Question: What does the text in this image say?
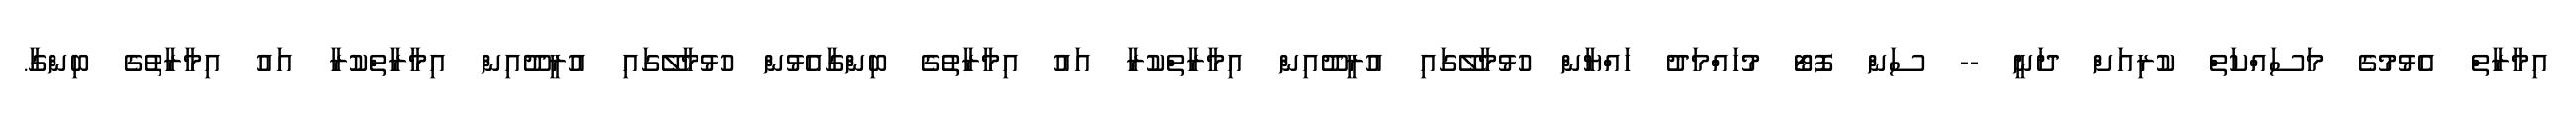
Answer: އިމާރާތް އެޅުމުގެ މަސައްކަތް ކުރިއަށް ދަނީ -- ސަން ފޮޓޯ މުހައްމަދު ހައްޔާން ހުޅުމާލޭގައި އުރީދޫއިން އިމާރާތްކުރާ އައު އިމާރާތުގެ ބިންގާއެޅުން ހުޅުމާލޭގައި އުރީދޫއިން އިމާރާތްކުރާ އައު އިމާރާތުގެ ބިންގާ.